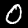
Label: 0